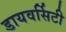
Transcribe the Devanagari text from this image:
डायवर्सिटी